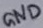
Text: GND